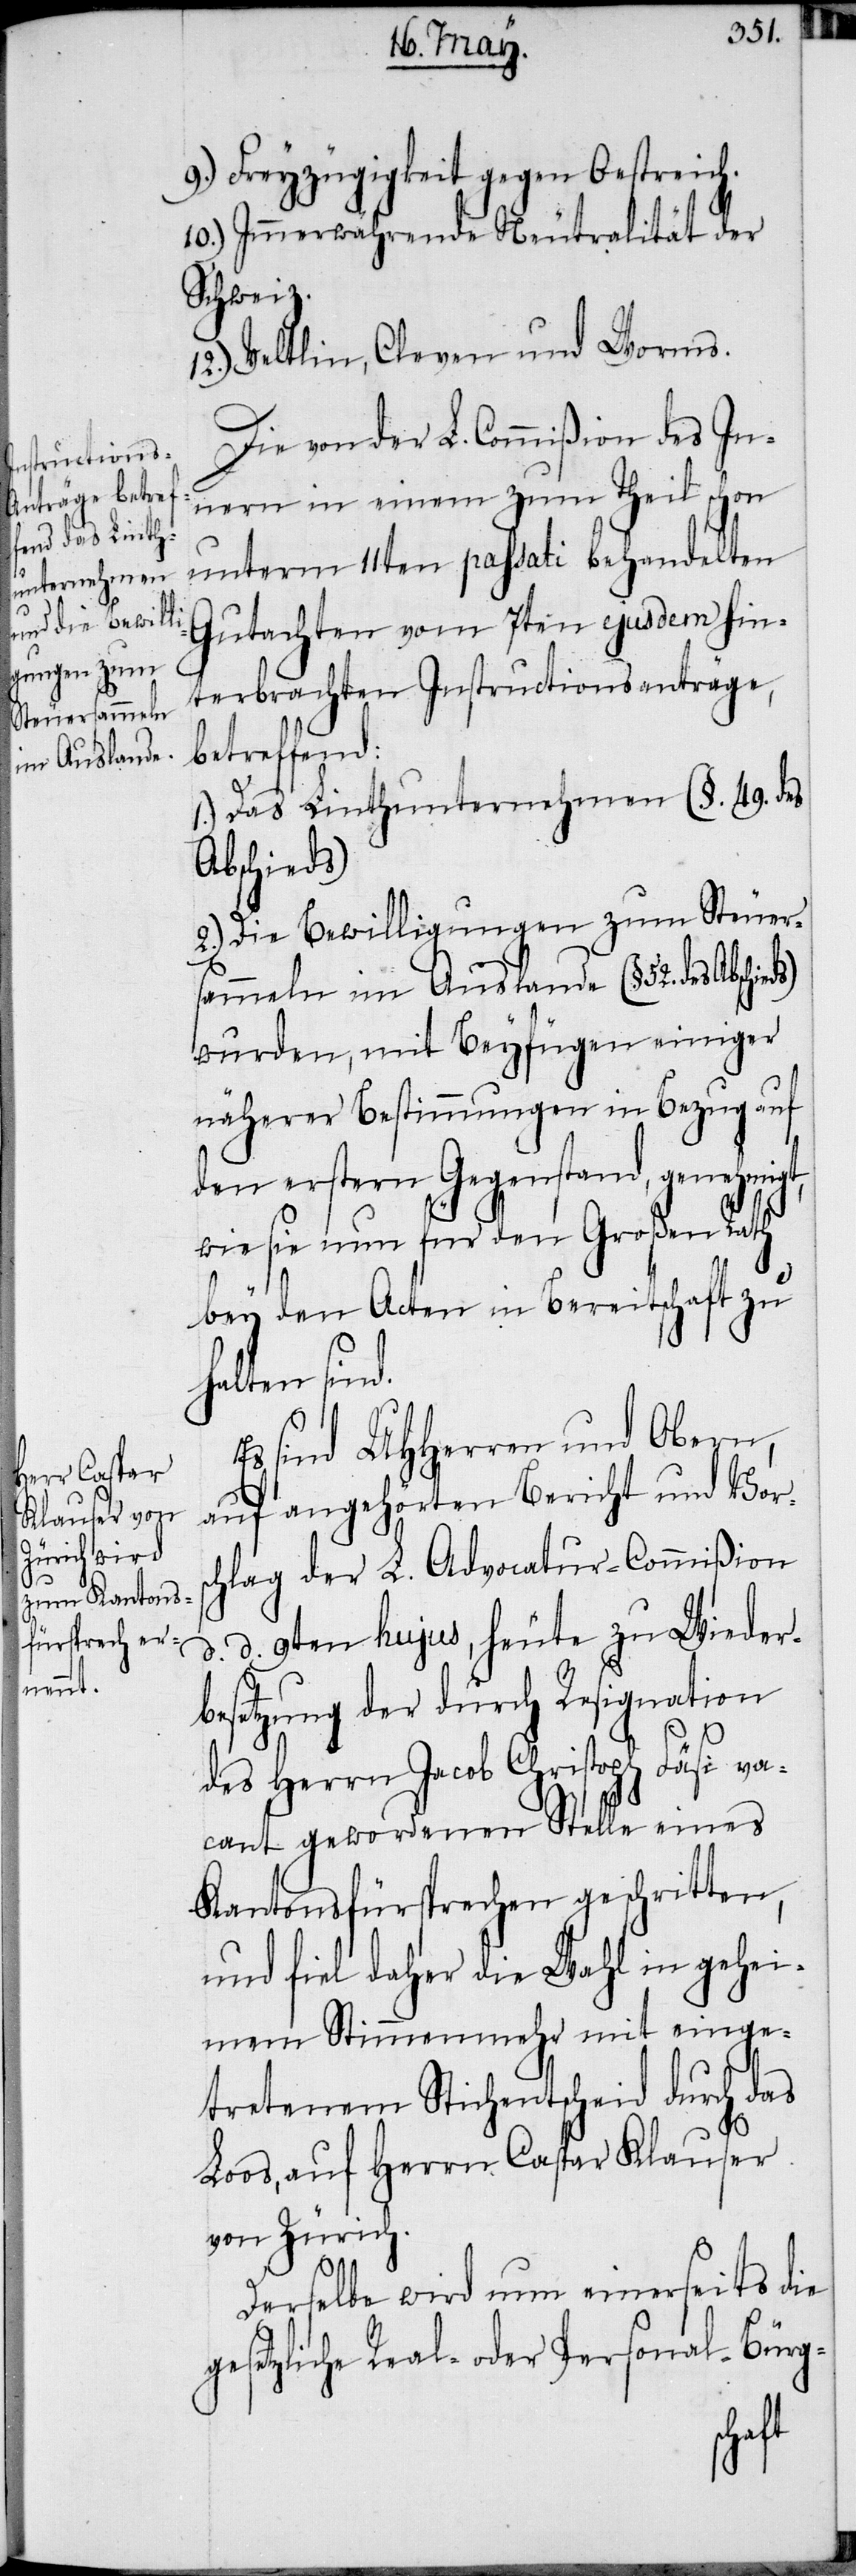
ges¬

9.) Freyzügigkeit gegen Oestreich.
10.) Immerwährende Neutralität der
Schweiz.
Veltlin, Cleven und Worms.
Die von der L. Commißion des In¬
nern in einem zum Theil schon
unterm 11ten passati behandelten
Gutachten vom 7ten ejusdem hin¬
terbrachten Instructionsanträge,
betreffend:
1.) Das Linthunternehmen (§. 49. des
Abschieds)
2.) Die Bewilligungen zum Steuers¬
ammeln im Auslande (§. 52. des
wurden, mit Beyfügen einiger
näherer Bestimmungen in Bezug auf
den erstern Gegenstand, genehmigt,
wie sie nun für den Großen Rath
bey den Acten in Bereitschaft zu
halten sind.
Es sind UHHerren und Obern,
auf angehörten Bericht und Vors¬
chlag der L. Advocatur-Commißion
d. d. 9ten hujus, heute zu Wieder¬
besetzung der durch Resignation
des Herrn Jacob Christoph Fäsi va¬
cant gewordenen Stelle eines
Kantonsfürsprechen geschritten,
und fiel daher die Wahl in gehei¬
mem Stimmenmehr mit einge¬
tretenem Stichentscheid durch das
Loos, auf Herrn Caspar Klauser
von Zürich.
Derselbe wird nun einerseits die
etzliche Real- oder Personal-Bürg-